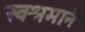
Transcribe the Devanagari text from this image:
स्वश्रमाने